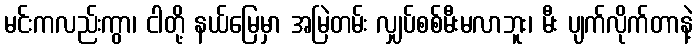
မင်းကလည်းကွာ၊ ငါတို့ နယ်မြေမှာ အမြဲတမ်း လျှပ်စစ်မီးမလာဘူး၊ မီး ပျက်လိုက်တာနဲ့